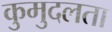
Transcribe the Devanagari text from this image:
कुमुदलता